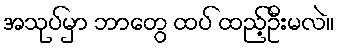
အသုပ်မှာ ဘာတွေ ထပ် ထည့်ဦးမလဲ။